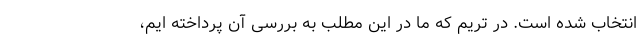
انتخاب شده است. در تریم که ما در این مطلب به بررسی آن پرداخته ایم،